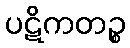
ပဋိကတဉ္စ